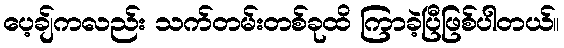
ပေ့ချ်ကလည်း သက်တမ်းတစ်ခုထိ ကြာခဲ့ပြီဖြစ်ပါတယ်။